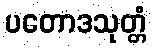
ပတောဒသုတ္တံ